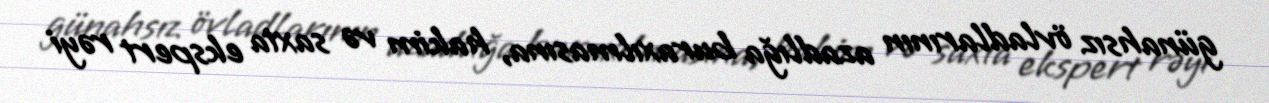
günahsız övladlarının azadlığa buraxılmasına, hakim və saxta ekspert rəyi